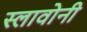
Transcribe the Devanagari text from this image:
स्लावोनी